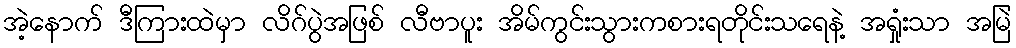
အဲ့နောက် ဒီကြားထဲမှာ လိဂ်ပွဲအဖြစ် လီဗာပူး အိမ်ကွင်းသွားကစားရတိုင်းသရေနဲ့ အရှုံးသာ အမြဲ